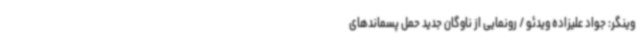
وینگر: جواد علیزاده ویدئو / رونمایی از ناوگان جدید حمل پسماندهای